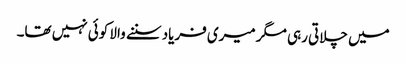
میں چلاتی رہی مگر میری فریاد سننے والا کوئی نہیں تھا۔